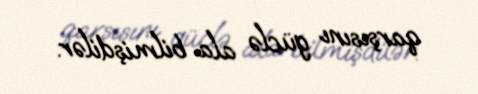
qarşısını güclə ala bilmişdilər.